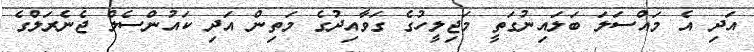
އަދި އެ މައްސަލަ ބަލައިނުގަތީ މަޖިލީހުގެ ގަވާއިދުގެ މަތިން އަދި ކައުންސެލް ޖެނެރަލްގެ